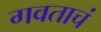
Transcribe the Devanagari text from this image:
गवताचं